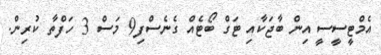
އެމްޓީސީސީ އިން ބާޖަކާއި ޓަގް ބޯޓެއް ގެނެސްފި9 މަސް 3 ހަފްތާ ކުރިން.